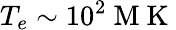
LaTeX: T_{e}\sim 10^{2}\mathrm{~M~K~}